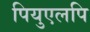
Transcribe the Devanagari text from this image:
पियुएलपि